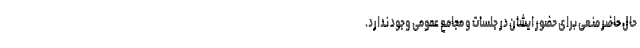
حال حاضر منعی برای حضور ایشان در جلسات و مجامع عمومی وجود ندارد.